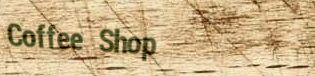
Coffee Shop